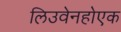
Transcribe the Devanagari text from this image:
लिउवेनहोएक